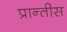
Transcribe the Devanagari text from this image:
प्रान्तीस